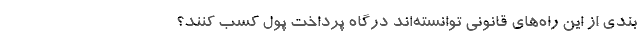
بندی از این راه‌های قانونی توانسته‌اند درگاه پرداخت پول کسب کنند؟